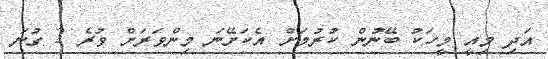
އަދި މިއީ މީހަކު ބޭނުން ކުރުމަށް އެކަށޭނަ މިންވަރަށް ވުރެ 2 ގުނަ